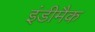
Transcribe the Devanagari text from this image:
इंडीमैक